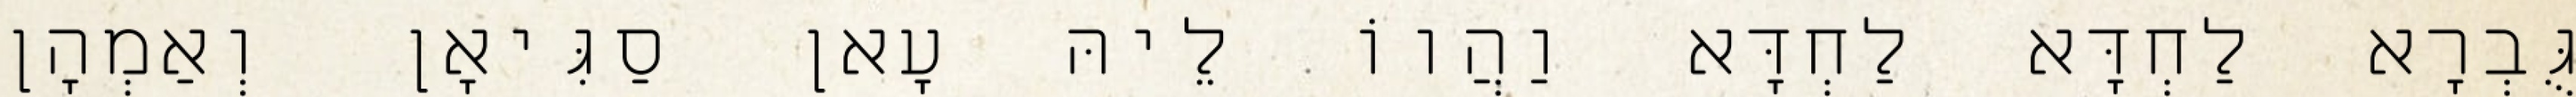
גֻּבְרָא לַחְדָּא לַחְדָּא וַהֲווֹ לֵיהּ עָאן סַגִּיאָן וְאַמְהָן